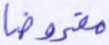
مفروضا